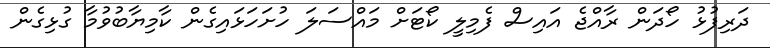
ދަރިފުޅު ހޯދަން ރާއްޖެ އައިސް ފެމިލީ ކޯޓަށް މައްސަލަ ހުށަހަޅައިގެން ކާމިޔާބުވުމާ ގުޅިގެން